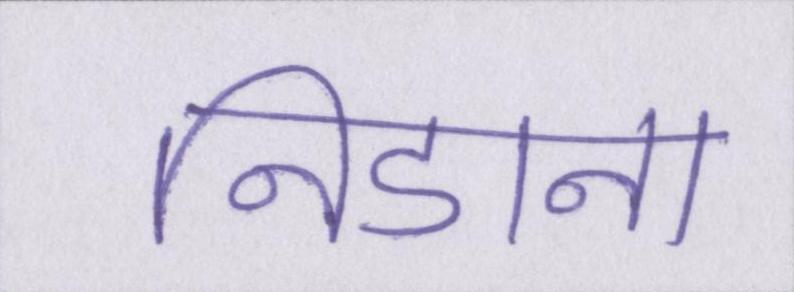
निडाना